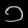
Digit: ၁